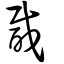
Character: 酨